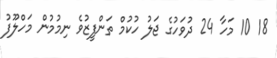
18 10 މަހާ 24 ދުވަހުގެ ޖަލު ހުކުމް ތަންފީޒުވެ ނިމުމުން މަހްލޫފު